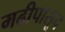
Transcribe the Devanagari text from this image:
मढीपासून